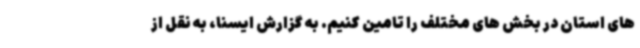
های استان در بخش های مختلف را تامین کنیم. به گزارش ایسنا، به نقل از